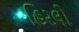
હિરલો